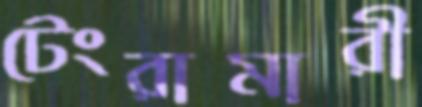
টেংরামারী